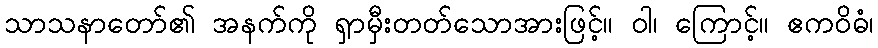
သာသနာတော်၏ အနက်ကို ရှာမှီးတတ်သောအားဖြင့်။ ဝါ၊ ကြောင့်။ ဧကဝိဓံ၊